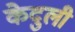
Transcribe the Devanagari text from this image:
केदुली